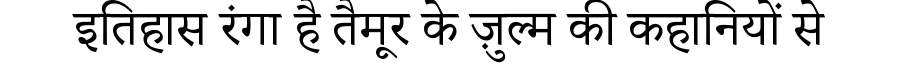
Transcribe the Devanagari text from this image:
इतिहास रंगा है तैमूर के ज़ुल्म की कहानियों से